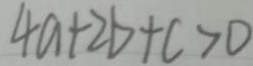
4 a + 2 b + c > 0